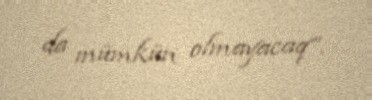
da mümkün olmayacaq”.